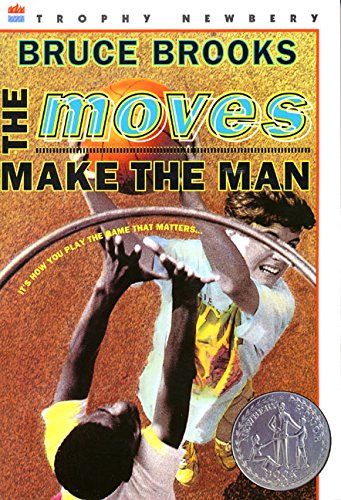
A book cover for The Moves Make the Man (Newbery Honor Book); Bruce Brooks; Children's Books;